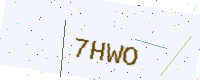
Text: 7HWO